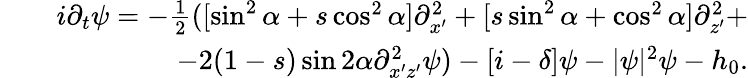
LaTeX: \begin{array}{rlr}&{}&{i\partial_{t}\psi=-\frac{1}{2}([\sin^{2}\alpha+s\cos^{2}\alpha]\partial_{x^{\prime}}^{2}+[s\sin^{2}\alpha+\cos^{2}\alpha]\partial_{z^{\prime}}^{2}+}\\ &{}&{-2(1-s)\sin 2\alpha\partial_{x^{\prime}z^{\prime}}^{2}\psi)-[i-\delta]\psi-|\psi|^{2}\psi-h_{0}.}\end{array}